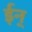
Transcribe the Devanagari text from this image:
ईन्